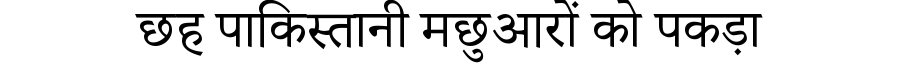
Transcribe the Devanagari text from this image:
छह पाकिस्तानी मछुआरों को पकड़ा